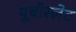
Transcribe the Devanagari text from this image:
यूबीस्लेट